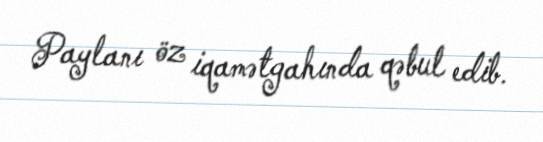
Paylanı öz iqamətgahında qəbul edib.